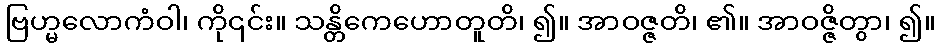
ဗြဟ္မလောကံဝါ၊ ကို၎င်း။ သန္တိကေဟောတူတိ၊ ၍။ အာဝဇ္ဇတိ၊ ၏။ အာဝဇ္ဇိတွာ၊ ၍။